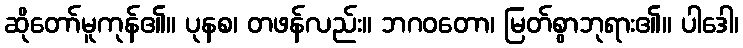
ဆိုတော်မူကုန်၏။ ပုနစ၊ တဖန်လည်း။ ဘဂဝတော၊ မြတ်စွာဘုရား၏။ ပါဒေါ၊